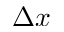
\Delta x